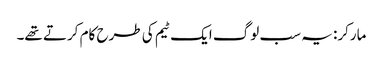
مارکر: یہ سب لوگ ایک ٹیم کی طرح کام کرتے تھے۔